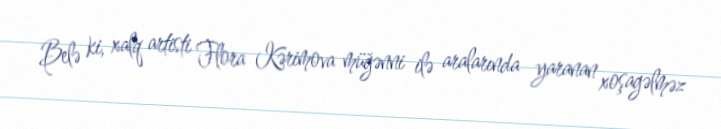
Belə ki, xalq artisti Flora Kərimova müğənni ilə aralarında yaranan xoşagəlməz